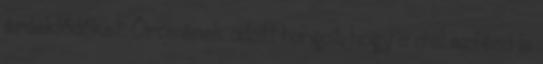
érdeklődőket. Örömének adott hangot, hogy a civil szféra is